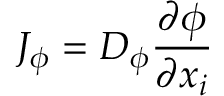
J _ { \phi } = D _ { \phi } { \frac { \partial \phi } { \partial x _ { i } } }